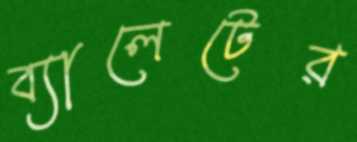
ব্যালেটের